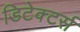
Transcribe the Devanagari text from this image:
डिटेक्टर्स